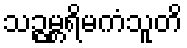
သဉ္ဇမ္ဘရိမကံသူတိ